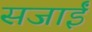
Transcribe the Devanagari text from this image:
सजाईं